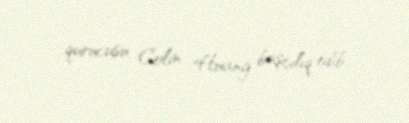
qurucusu Colin Huang başçılıq edib.